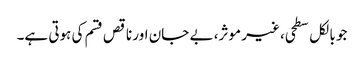
جو بالکل سطحی، غیر موثر، بے جان اور ناقص قسم کی ہوتی ہے۔